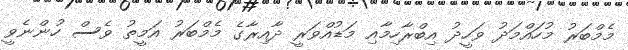
މެމްބަރު މުހައްމަދު ވަހީދު އިބްރާހިމާއި މަޑުއްވަރީ ދާއިރާގެ މެމްބަރު އަމީތު ވެސް ހުންނެވީ